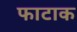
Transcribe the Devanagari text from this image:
फाटाक